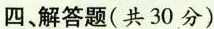
四、解答题(共30分)